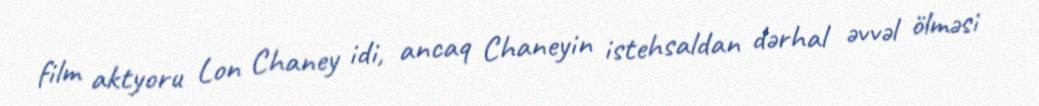
film aktyoru Lon Chaney idi, ancaq Chaneyin istehsaldan dərhal əvvəl ölməsi